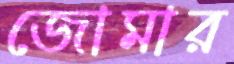
জোমার